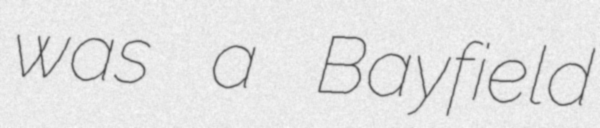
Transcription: was a Bayfield